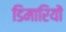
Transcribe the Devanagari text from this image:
डिमारियों